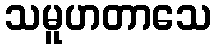
သမူဟတာသေ